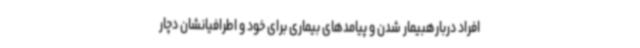
افراد دربارهبیمار شدن و پیامدهای بیماری برای خود و اطرافیانشان دچار